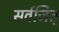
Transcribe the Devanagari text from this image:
सर्वजित्